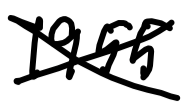
Text: 1955
Cross-out: cross
Writing tool: digital_black